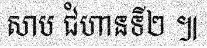
សាប ជំហានទី២ ៕